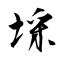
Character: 埰